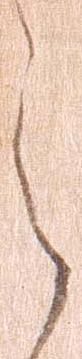
ら